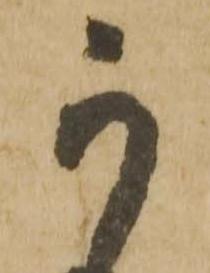
可